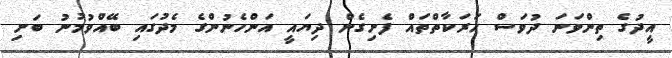
އީދުގެ ތިންވަނަ ދުވަސް ހަރަކާތްތައް ފެށިގެން ދިޔައީ އަންހެނުންގެ މެދުގައި ބޭއްވުމުނު ބަށި